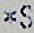
*S